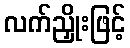
လက်ညှိုးဖြင့်